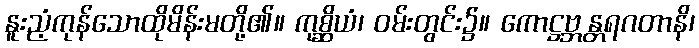
နူးညံ့ကုန်သောထိုမိန်းမတို့၏။ ကုစ္ဆိယံ၊ ဝမ်းတွင်း၌။ ကောဋ္ဌဗ္ဘန္တရဂတာနိ၊